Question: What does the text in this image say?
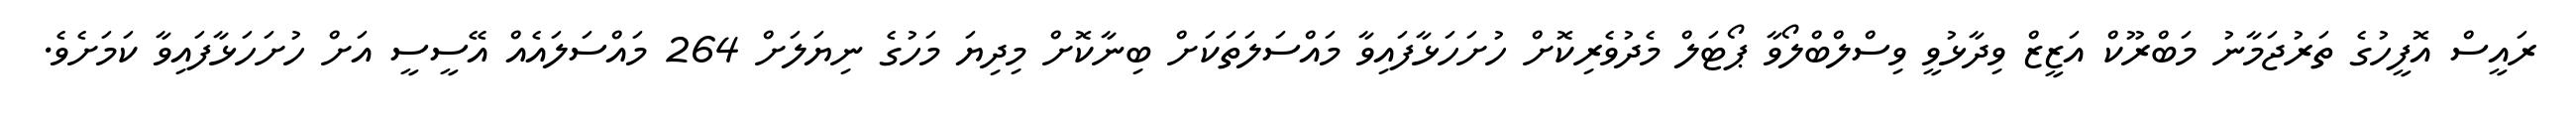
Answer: ރައީސް އޮފީހުގެ ތަރުޖަމާނު މަބްރޫކް އަޒީޒް ވިދާޅުވީ ވިސްލްބްލޯވާ ޕޯޓަލް މެދުވެރިކޮށް ހުށަހަޅާފައިވާ މައްސަލަތަކަށް ބިނާކޮށް މިދިޔަ މަހުގެ ނިޔަލަށް 264 މައްސަލައެއް އޭސީސީ އަށް ހުށަހަޅާފައިވާ ކަމަށެވެ.